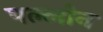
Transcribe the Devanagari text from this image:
पल्लोन